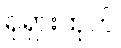
ရုရှားထုတ်